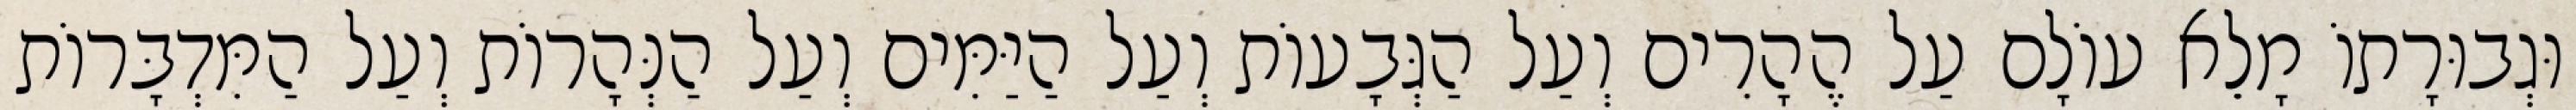
וּגְבוּרָתוֹ מָלֵא עוֹלָם עַל הֶהָרִים וְעַל הַגְּבָעוֹת וְעַל הַיַּמִּים וְעַל הַנְּהָרוֹת וְעַל הַמִּדְבָּרוֹת